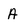
Character: A